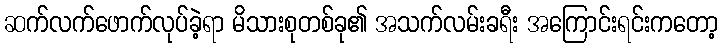
ဆက်လက်ဖောက်လုပ်ခဲ့ရာ မိသားစုတစ်ခု၏ အသက်လမ်းခရီး အကြောင်းရင်းကတော့